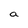
Character: a